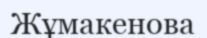
Жұмакенова